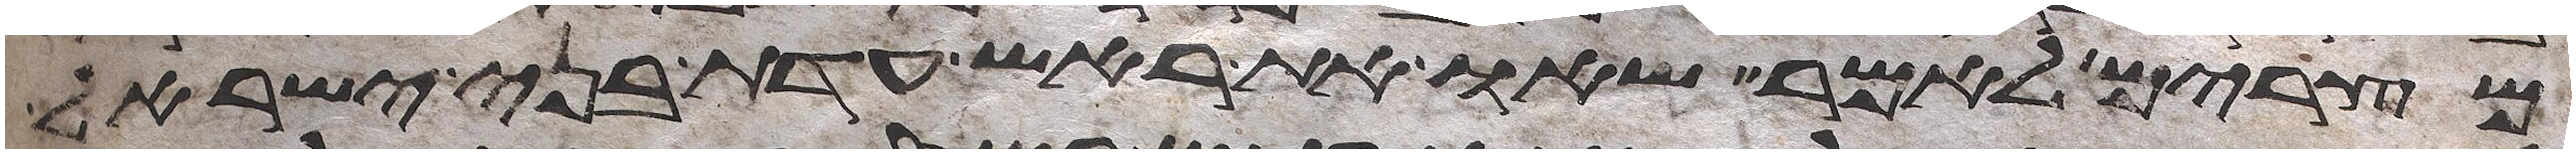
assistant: מצרים לאמר שאו את ראש עדת בני ישראל